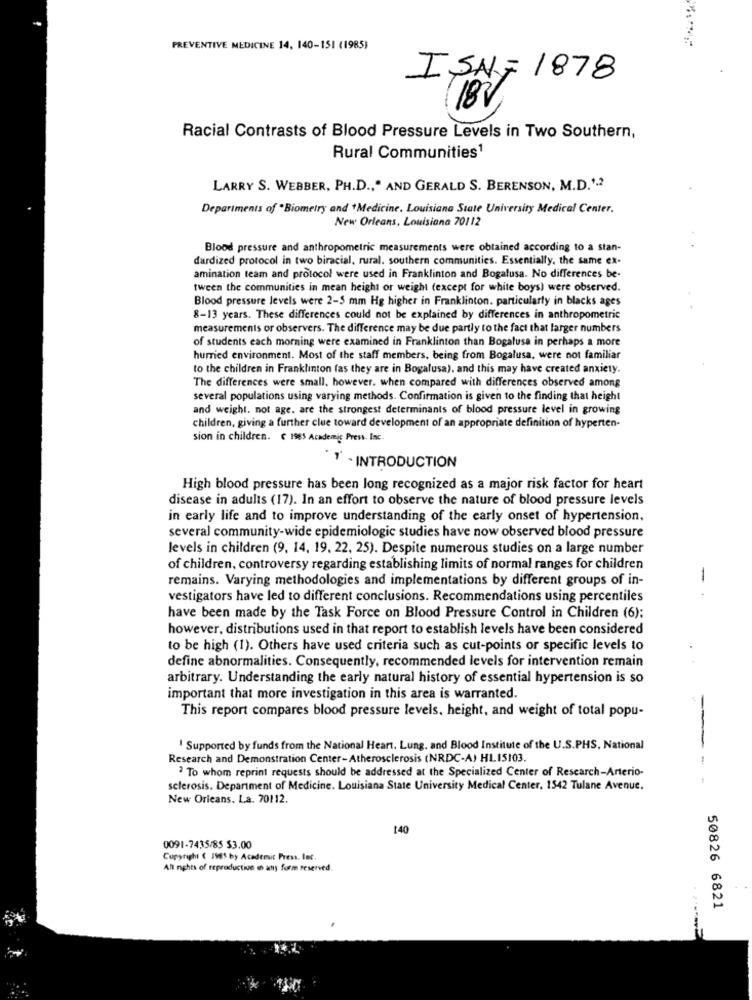
PREVENTIVE MEDICINE 14, 140-151 (1985)
ISNF 1878
182
Racial Contrasts of Blood Pressure Levels in Two Southern,
Rural Communities1
LARRY S. WEBBER, PH.D ., " AND GERALD S. BERENSON, M.D.".2
Departments of *Biometry and *Medicine, Louisiana State University Medical Center.
New Orleans, Louisiana 70112
Blood pressure and anthropometric measurements were obtained according to a stan-
dardized protocol in two biracial, rural. southern communities. Essentially, the same ex-
amination team and protocol were used in Franklinton and Bogalusa. No differences be-
tween the communities in mean height or weight (except for white boys) were observed.
Blood pressure levels were 2-5 mm Hg higher in Franklinton. particularly in blacks ages
8-13 years. These differences could not be explained by differences in anthropometric
measurements or observers. The difference may be due partly to the fact that larger numbers
of students each morning were examined in Franklinton than Bogalusa in perhaps a more
hurried environment. Most of the staff members, being from Bogalusa, were not familiar
to the children in Franklinton fas they are in Bogalusa), and this may have created anxiety.
The differences were small, however. when compared with differences observed among
several populations using varying methods. Confirmation is given to the finding that height
and weight. not age. are the strongest determinants of blood pressure level in growing
children, giving a further clue toward development of an appropriate definition of hyperten-
sion in children. € 1985 Academic Press. Inc.
1 . INTRODUCTION
High blood pressure has been long recognized as a major risk factor for heart
disease in adults (17). In an effort to observe the nature of blood pressure levels
in early life and to improve understanding of the early onset of hypertension,
several community-wide epidemiologic studies have now observed blood pressure
levels in children (9, 14, 19, 22, 25). Despite numerous studies on a large number
of children, controversy regarding establishing limits of normal ranges for children
remains. Varying methodologies and implementations by different groups of in-
vestigators have led to different conclusions. Recommendations using percentiles
-.
have been made by the Task Force on Blood Pressure Control in Children (6);
however, distributions used in that report to establish levels have been considered
to be high (1). Others have used criteria such as cut-points or specific levels to
define abnormalities. Consequently, recommended levels for intervention remain
arbitrary. Understanding the early natural history of essential hypertension is so
important that more investigation in this area is warranted.
This report compares blood pressure levels, height, and weight of total popu-
' Supported by funds from the National Heart. Lung, and Blood Institute of the U.S.PHS, National
Research and Demonstration Center-Atherosclerosis (NRDC-A) HL15103.
2 To whom reprint requests should be addressed at the Specialized Center of Research-Arterio-
sclerosis. Department of Medicine. Louisiana State University Medical Center, 1542 Tulane Avenue.
New Orleans, La. 70112.
140
0091-7435/85 53.00
Copyright ( 1985 by Academic Press. Int.
All nights of reproductive in any form reserved.
50826 6821